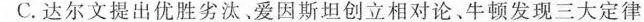
C.达尔文提出优胜劣汰。爱因斯坦创立相对论﹑牛顿发现三大定律